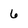
Character: 6